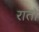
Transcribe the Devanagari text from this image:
रातां